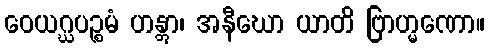
ဝေယဂ္ဃပဉ္စမံ ဟန္တွာ၊ အနီဃော ယာတိ ဗြာဟ္မဏော။